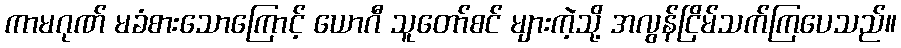
ကာမဂုဏ် မခံစားသောကြောင့် ယောဂီ သူတော်စင် များကဲ့သို့ အလွန်ငြိမ်သက်ကြပေသည်။